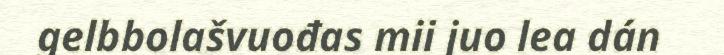
gelbbolašvuođas mii juo lea dán